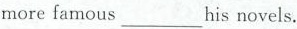
more famous___his novels.